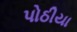
પોઠીયા